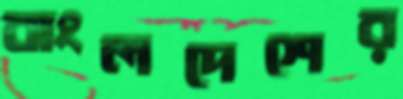
বাংলদেশের